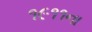
૧૯૧૧ના